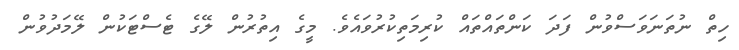
ހިތް ނުތަނަވަސްވުން ފަދަ ކަންތައްތައް ކުރިމަތިކުރުވައެވެ. މީގެ އިތުރުން ލޭގެ ޓެސްޓަކުން ލޭމަދުވުން